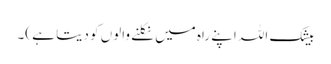
بیشک اللہ اپنے راہ میں نکلنے والوں کو دیتا ہے )۔